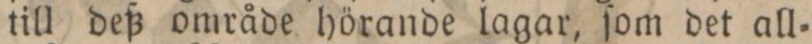
till deß område hörande lagar, ſom det all=